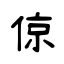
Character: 倞